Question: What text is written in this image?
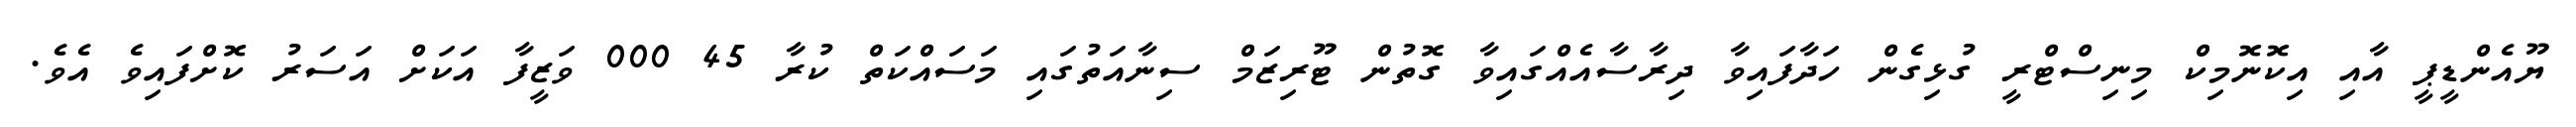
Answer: ޔޫއެންޑީޕީ އާއި އިކޮނޮމިކް މިނިސްޓްރީ ގުޅިގެން ހަދާފައިވާ ދިރާސާއެއްގައިވާ ގޮތުން ޓޫރިޒަމް ސިނާއަތުގައި މަސައްކަތް ކުރާ 45 000 ވަޒީފާ އަކަށް އަސަރު ކޮށްފައިވެ އެވެ.